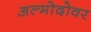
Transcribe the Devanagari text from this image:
अल्मोदोवर